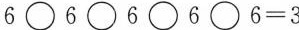
6\Box6\Box6\Box6\Box6=3